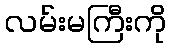
လမ်းမကြီးကို